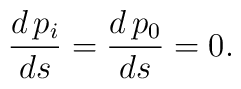
\frac{d\, p_i}{ds} =\frac{d\, p_0}{ds} =0.